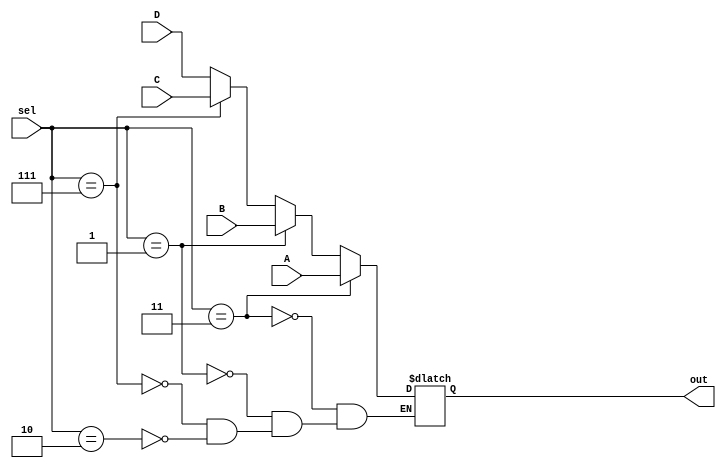
`timescale 1ns / 1ps
//////////////////////////////////////////////////////////////////////////////////
/*
The 4-input multiplexer module, continuous assignmet
Functions:  Selects one of four input according to two control signals
Inputs:     4 inputs A, B 
            2-bit selection signals
Outputs:    The selected output
*/ 
//////////////////////////////////////////////////////////////////////////////////


module mux_4(
    input [31:0] A, //output value if sel=0
    input [31:0] B, //output value if sel=1
    input [31:0] C, //output value if sel=
    input [31:0] D, //output value if sel=1
    input [2:0] sel,
    output reg [31:0] out
    );
    
    always @(*)
    begin
        if (sel==3'd3)
            out<= A;
        else if (sel==3'b1)
            out<= B;
        else if (sel==3'd7)
            out<= C;
        else if (sel == 3'd2)
            out<= D;    
    end
endmodule